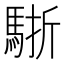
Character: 𩣩